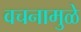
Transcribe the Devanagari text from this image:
वचनामुळे